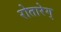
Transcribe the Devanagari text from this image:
रोतारेग्